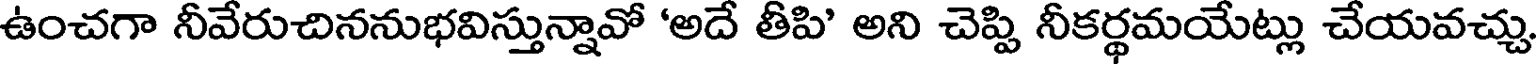
ఉంచగా నీవేరుచిననుభవిస్తున్నావో 'అదే తీపి' అని చెప్పి నీకర్థమయేట్లు చేయవచ్చు